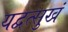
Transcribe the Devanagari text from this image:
यद्वत्सुखं